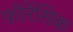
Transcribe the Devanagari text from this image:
फ़ॉरेंसिक